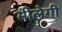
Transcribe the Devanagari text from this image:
मीलेगी